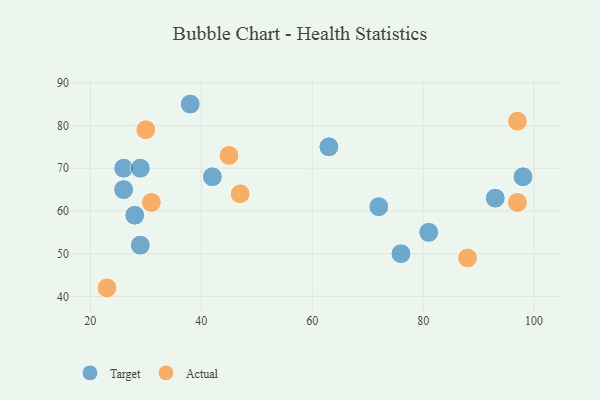
{"axis": {"x": "GDP", "y": "Life Expectancy"}, "legend": ["Actual", "Target"], "data": [{"x": "93", "y": 63, "type": "Target"}, {"x": "76", "y": 50, "type": "Target"}, {"x": "98", "y": 68, "type": "Target"}, {"x": "26", "y": 65, "type": "Target"}, {"x": "63", "y": 75, "type": "Target"}, {"x": "26", "y": 70, "type": "Target"}, {"x": "29", "y": 70, "type": "Target"}, {"x": "38", "y": 85, "type": "Target"}, {"x": "29", "y": 52, "type": "Target"}, {"x": "72", "y": 61, "type": "Target"}, {"x": "28", "y": 59, "type": "Target"}, {"x": "81", "y": 55, "type": "Target"}, {"x": "42", "y": 68, "type": "Target"}, {"x": "30", "y": 79, "type": "Actual"}, {"x": "97", "y": 81, "type": "Actual"}, {"x": "97", "y": 62, "type": "Actual"}, {"x": "31", "y": 62, "type": "Actual"}, {"x": "23", "y": 42, "type": "Actual"}, {"x": "88", "y": 49, "type": "Actual"}, {"x": "45", "y": 73, "type": "Actual"}, {"x": "47", "y": 64, "type": "Actual"}]}